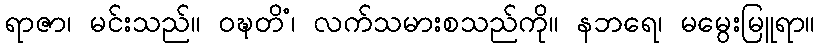
ရာဇာ၊ မင်းသည်။ ဝဍ္ဎတိံ၊ လက်သမားစသည်ကို။ နဘရေ၊ မမွေးမြူရာ။